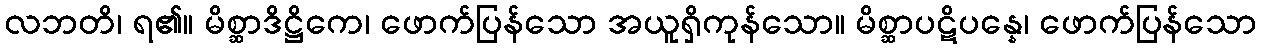
လဘတိ၊ ရ၏။ မိစ္ဆာဒိဋ္ဌိကေ၊ ဖောက်ပြန်သော အယူရှိကုန်သော။ မိစ္ဆာပဋိပန္နေ၊ ဖောက်ပြန်သော